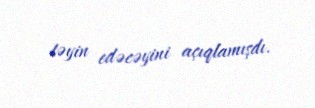
təyin edəcəyini açıqlamışdı.